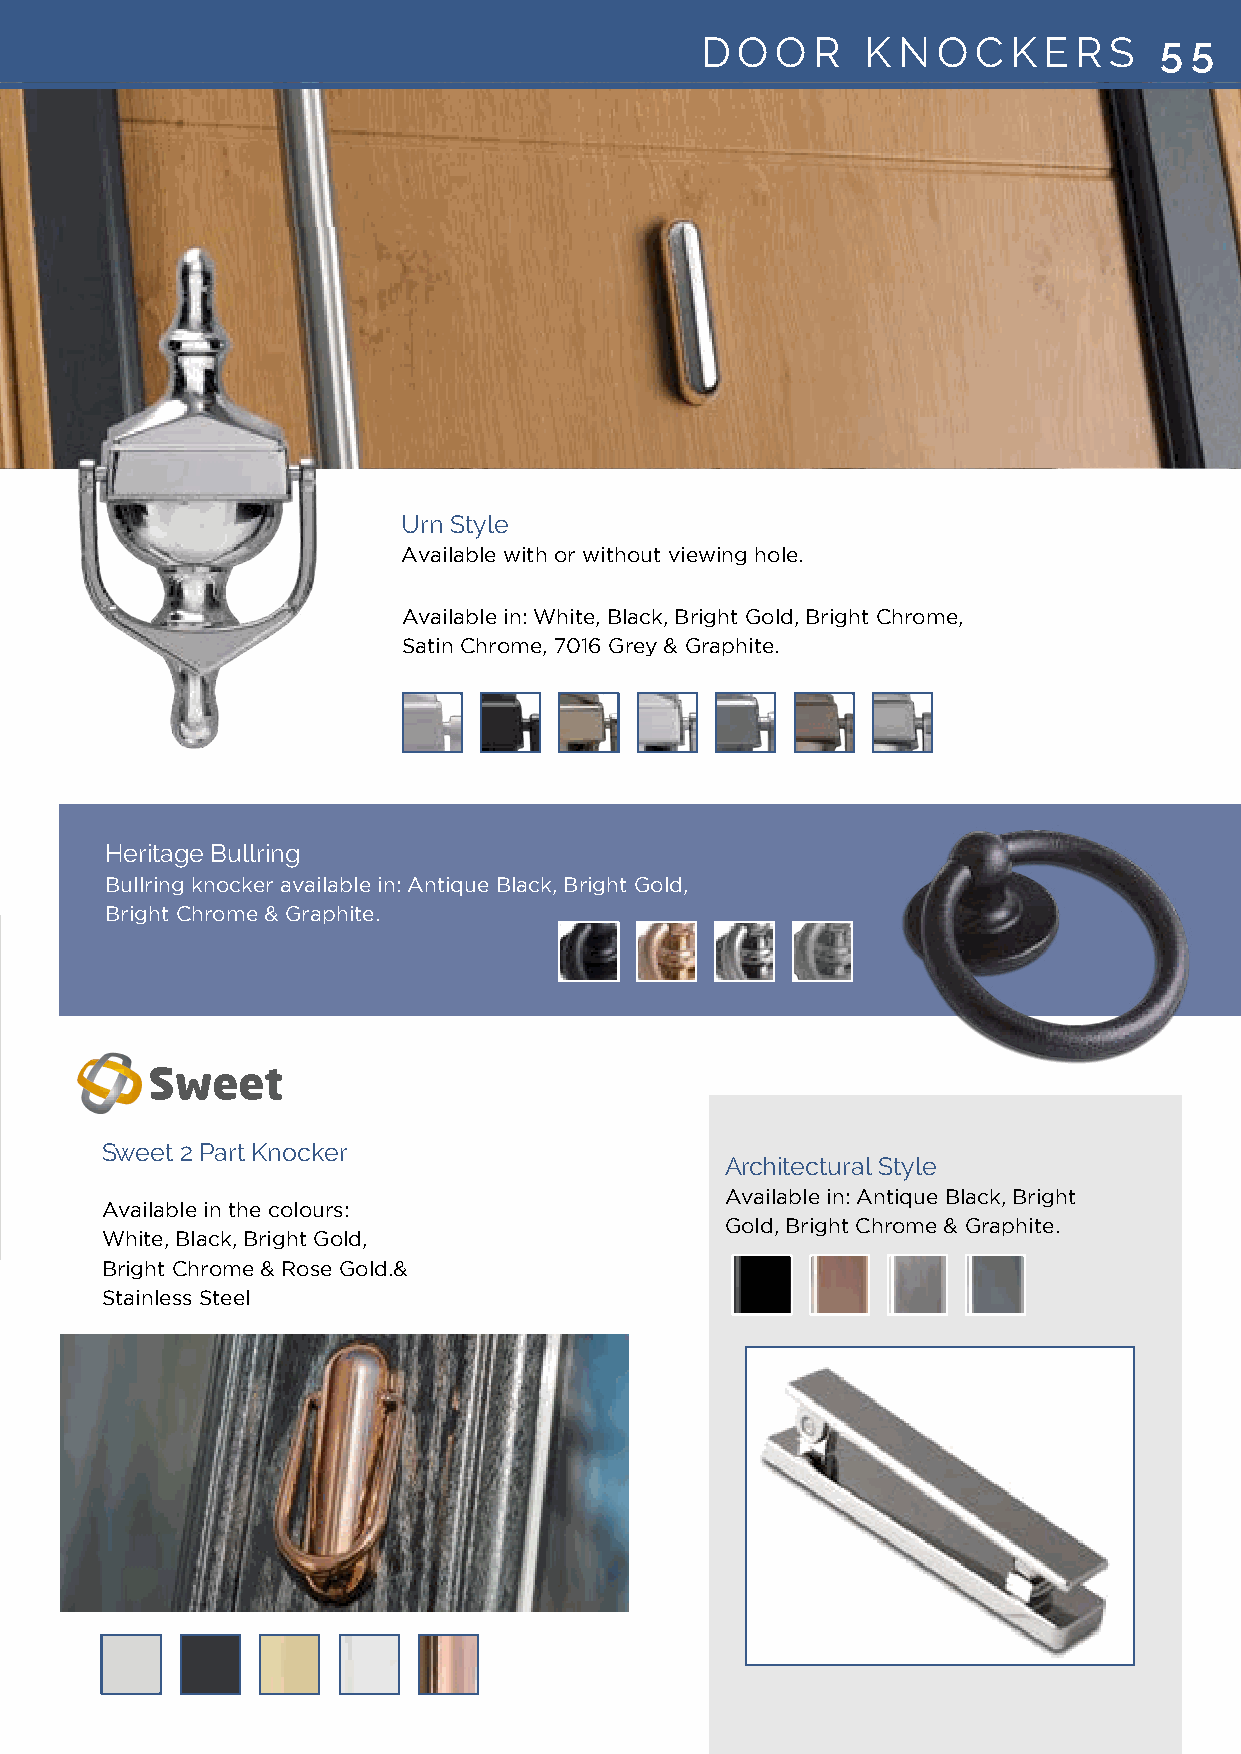
DD OO OO RR KK NN OO CC KK EE RR SS 55 55
 UUrrnn SSttyyllee
 AAvvaaiillaabbllee wwiitthh oorr wwiitthhoouutt vviieewwiinngg hhoollee..
 AAvvaaiillaabbllee iinn:: WWhhiittee,, BBllaacckk,, BBrriigghhtt GGoolldd,, BBrriigghhtt CChhrroommee,,
 SSaattiinn CChhrroommee,, 77001166 GGrreeyy && GGrraapphhiittee..
 HHeerriittaaggee BBuullllrriinngg
 BBuullllrriinngg kknnoocckkeerr aavvaaiillaabbllee iinn:: AAnnttiiqquuee BBllaacckk,, BBrriigghhtt GGoolldd,,
 BBrriigghhtt CChhrroommee && GGrraapphhiittee..
 Sweet 2 Part Knocker
 Sweet 2 Part Knocker                     AArrcchhiitteeccttuurraall SSttyyllee
 AAvvaaiillaabbllee iinn:: AAnnttiiqquuee BBllaacckk,, BBrriigghhtt
 Available in the colours:
 Available in the colours:                GGoolldd,, BBrriigghhtt CChhrroommee && GGrraapphhiittee..
 White, Black, Bright Gold,
 White, Black, Bright Gold,
 Bright Chrome & Rose Gold.&
 Bright Chrome & Rose Gold &
 Stainless Steel
 Stainless Steel.